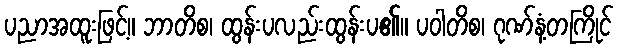
ပညာအထူးဖြင့်။ ဘာတိစ၊ ထွန်းပလည်းထွန်းပ၏။ ပဝါတိစ၊ ဂုဏ်နံ့တကြိုင်